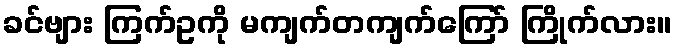
ခင်ဗျား ကြက်ဥကို မကျက်တကျက်ကြော် ကြိုက်လား။